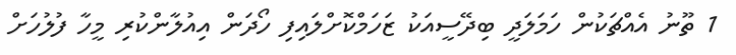
1 ތޫނު އެއްޗަކުން ހަމަލަދީ ބިދޭސީއަކު ޒަހަމްކޮށްލައިފި ހޯދަން އިއުލާންކުރި މީހާ ފުލުހަށް